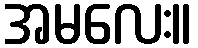
အမလေး။